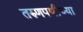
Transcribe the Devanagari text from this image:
तरुणपणीच्या